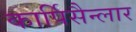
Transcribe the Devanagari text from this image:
कार्पिसैन्लार